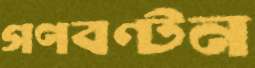
গণবণ্টন